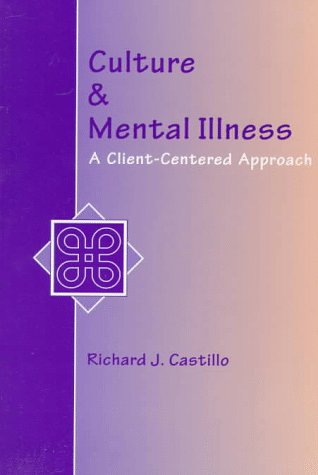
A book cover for Culture and Mental Illness: A Client-Centered Approach; Richard J. Castillo; Medical Books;